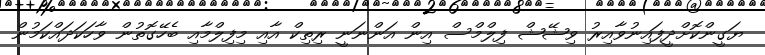
ޔަގީންކޮށްދީފައިނުވާއިރު ވިޝޭޝް ފިލްމްސް އިން އަންނަނީ ރިތިކް އާއި މިފިލްމާއި ބެހޭގޮތުން ވާހަކަދައްކަމުން